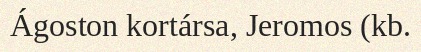
Ágoston kortársa, Jeromos (kb.